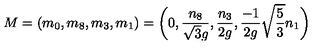
M = ( m _ { 0 } , m _ { 8 } , m _ { 3 } , m _ { 1 } ) = \biggl ( 0 , { \frac { n _ { 8 } } { \sqrt { 3 } g } } , { \frac { n _ { 3 } } { 2 g } } , { \frac { - { 1 } } { 2 g } } \sqrt { \frac { 5 } { 3 } } n _ { 1 } \biggr )